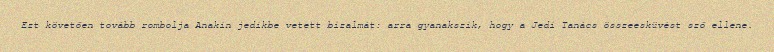
Ezt követően tovább rombolja Anakin jedikbe vetett bizalmát: arra gyanakszik, hogy a Jedi Tanács összeesküvést sző ellene.